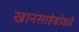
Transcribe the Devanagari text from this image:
खानसाहेबांकडे